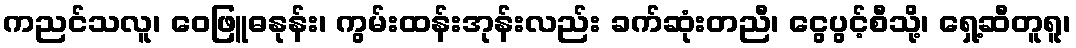
ကညင်သလူ၊ ဝေဖြူဓနုန်း၊ ကွမ်းထန်းအုန်းလည်း ခက်ဆုံးတညီ၊ ငွေပွင့်စီသို့၊ ရှေ့ဆီတူရူ၊